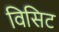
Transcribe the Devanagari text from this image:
विसिट